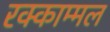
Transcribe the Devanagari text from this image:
रक्काम्मल